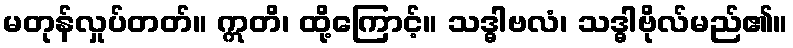
မတုန်လှုပ်တတ်။ ဣတိ၊ ထို့ကြောင့်။ သဒ္ဓါဗလံ၊ သဒ္ဓါဗိုလ်မည်၏။